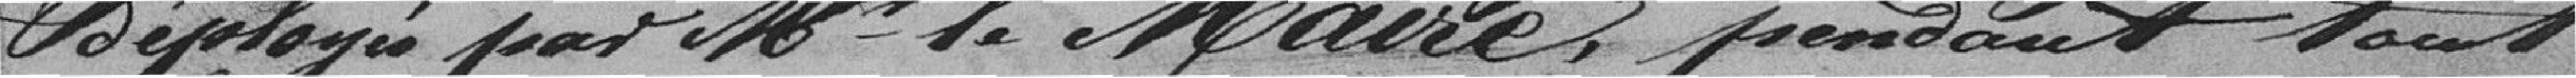
Deployis par Af 1. Alaire, pendant tout